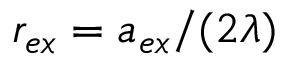
r _ { e x } = a _ { e x } / ( 2 \lambda )